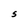
Character: S